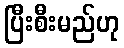
ပြီးစီးမည်ဟု